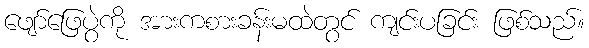
ဖျော်ဖြေပွဲကို အားကစားခန်းမထဲတွင် ကျင်းပခြင်း ဖြစ်သည်။